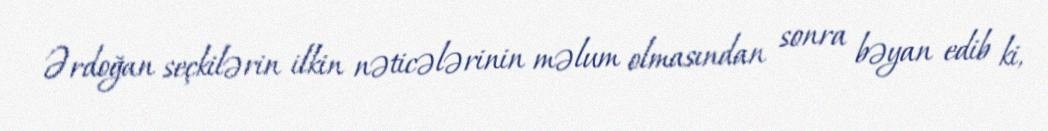
Ərdoğan seçkilərin ilkin nəticələrinin məlum olmasından sonra bəyan edib ki,